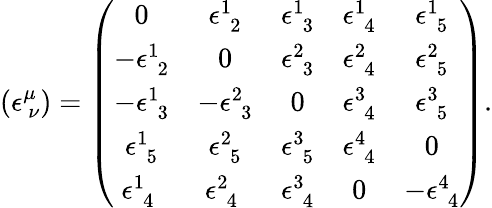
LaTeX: ({\epsilon}_{\ \nu}^{\mu})=\left(\begin{array}{ccccc}{{0}}&{{\epsilon_{\, \, 2}^{1}}}&{{\epsilon_{\, \, 3}^{1}}}&{{\epsilon_{\, \, 4}^{1}}}&{{\epsilon_{\, \, 5}^{1}}}\\ {{-\epsilon_{\, \, 2}^{1}}}&{{0}}&{{\epsilon_{\, \, 3}^{2}}}&{{\epsilon_{\, \, 4}^{2}}}&{{\epsilon_{\, \, 5}^{2}}}\\ {{-\epsilon_{\, \, 3}^{1}}}&{{-\epsilon_{\, \, 3}^{2}}}&{{0}}&{{\epsilon_{\, \, 4}^{3}}}&{{\epsilon_{\, \, 5}^{3}}}\\ {{\epsilon_{\, \, 5}^{1}}}&{{\epsilon_{\, \, 5}^{2}}}&{{\epsilon_{\, \, 5}^{3}}}&{{\epsilon_{\, \, 4}^{4}}}&{{0}}\\ {{\epsilon_{\, \, 4}^{1}\ }}&{{\epsilon_{\, \, 4}^{2}\ }}&{{\epsilon_{\, \, 4}^{3}}}&{{0}}&{{-\epsilon_{\, \, 4}^{4}}}\end{array}\right).